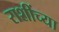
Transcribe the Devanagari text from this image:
राशींच्या